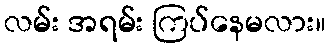
လမ်း အရမ်း ကြပ်နေမလား။